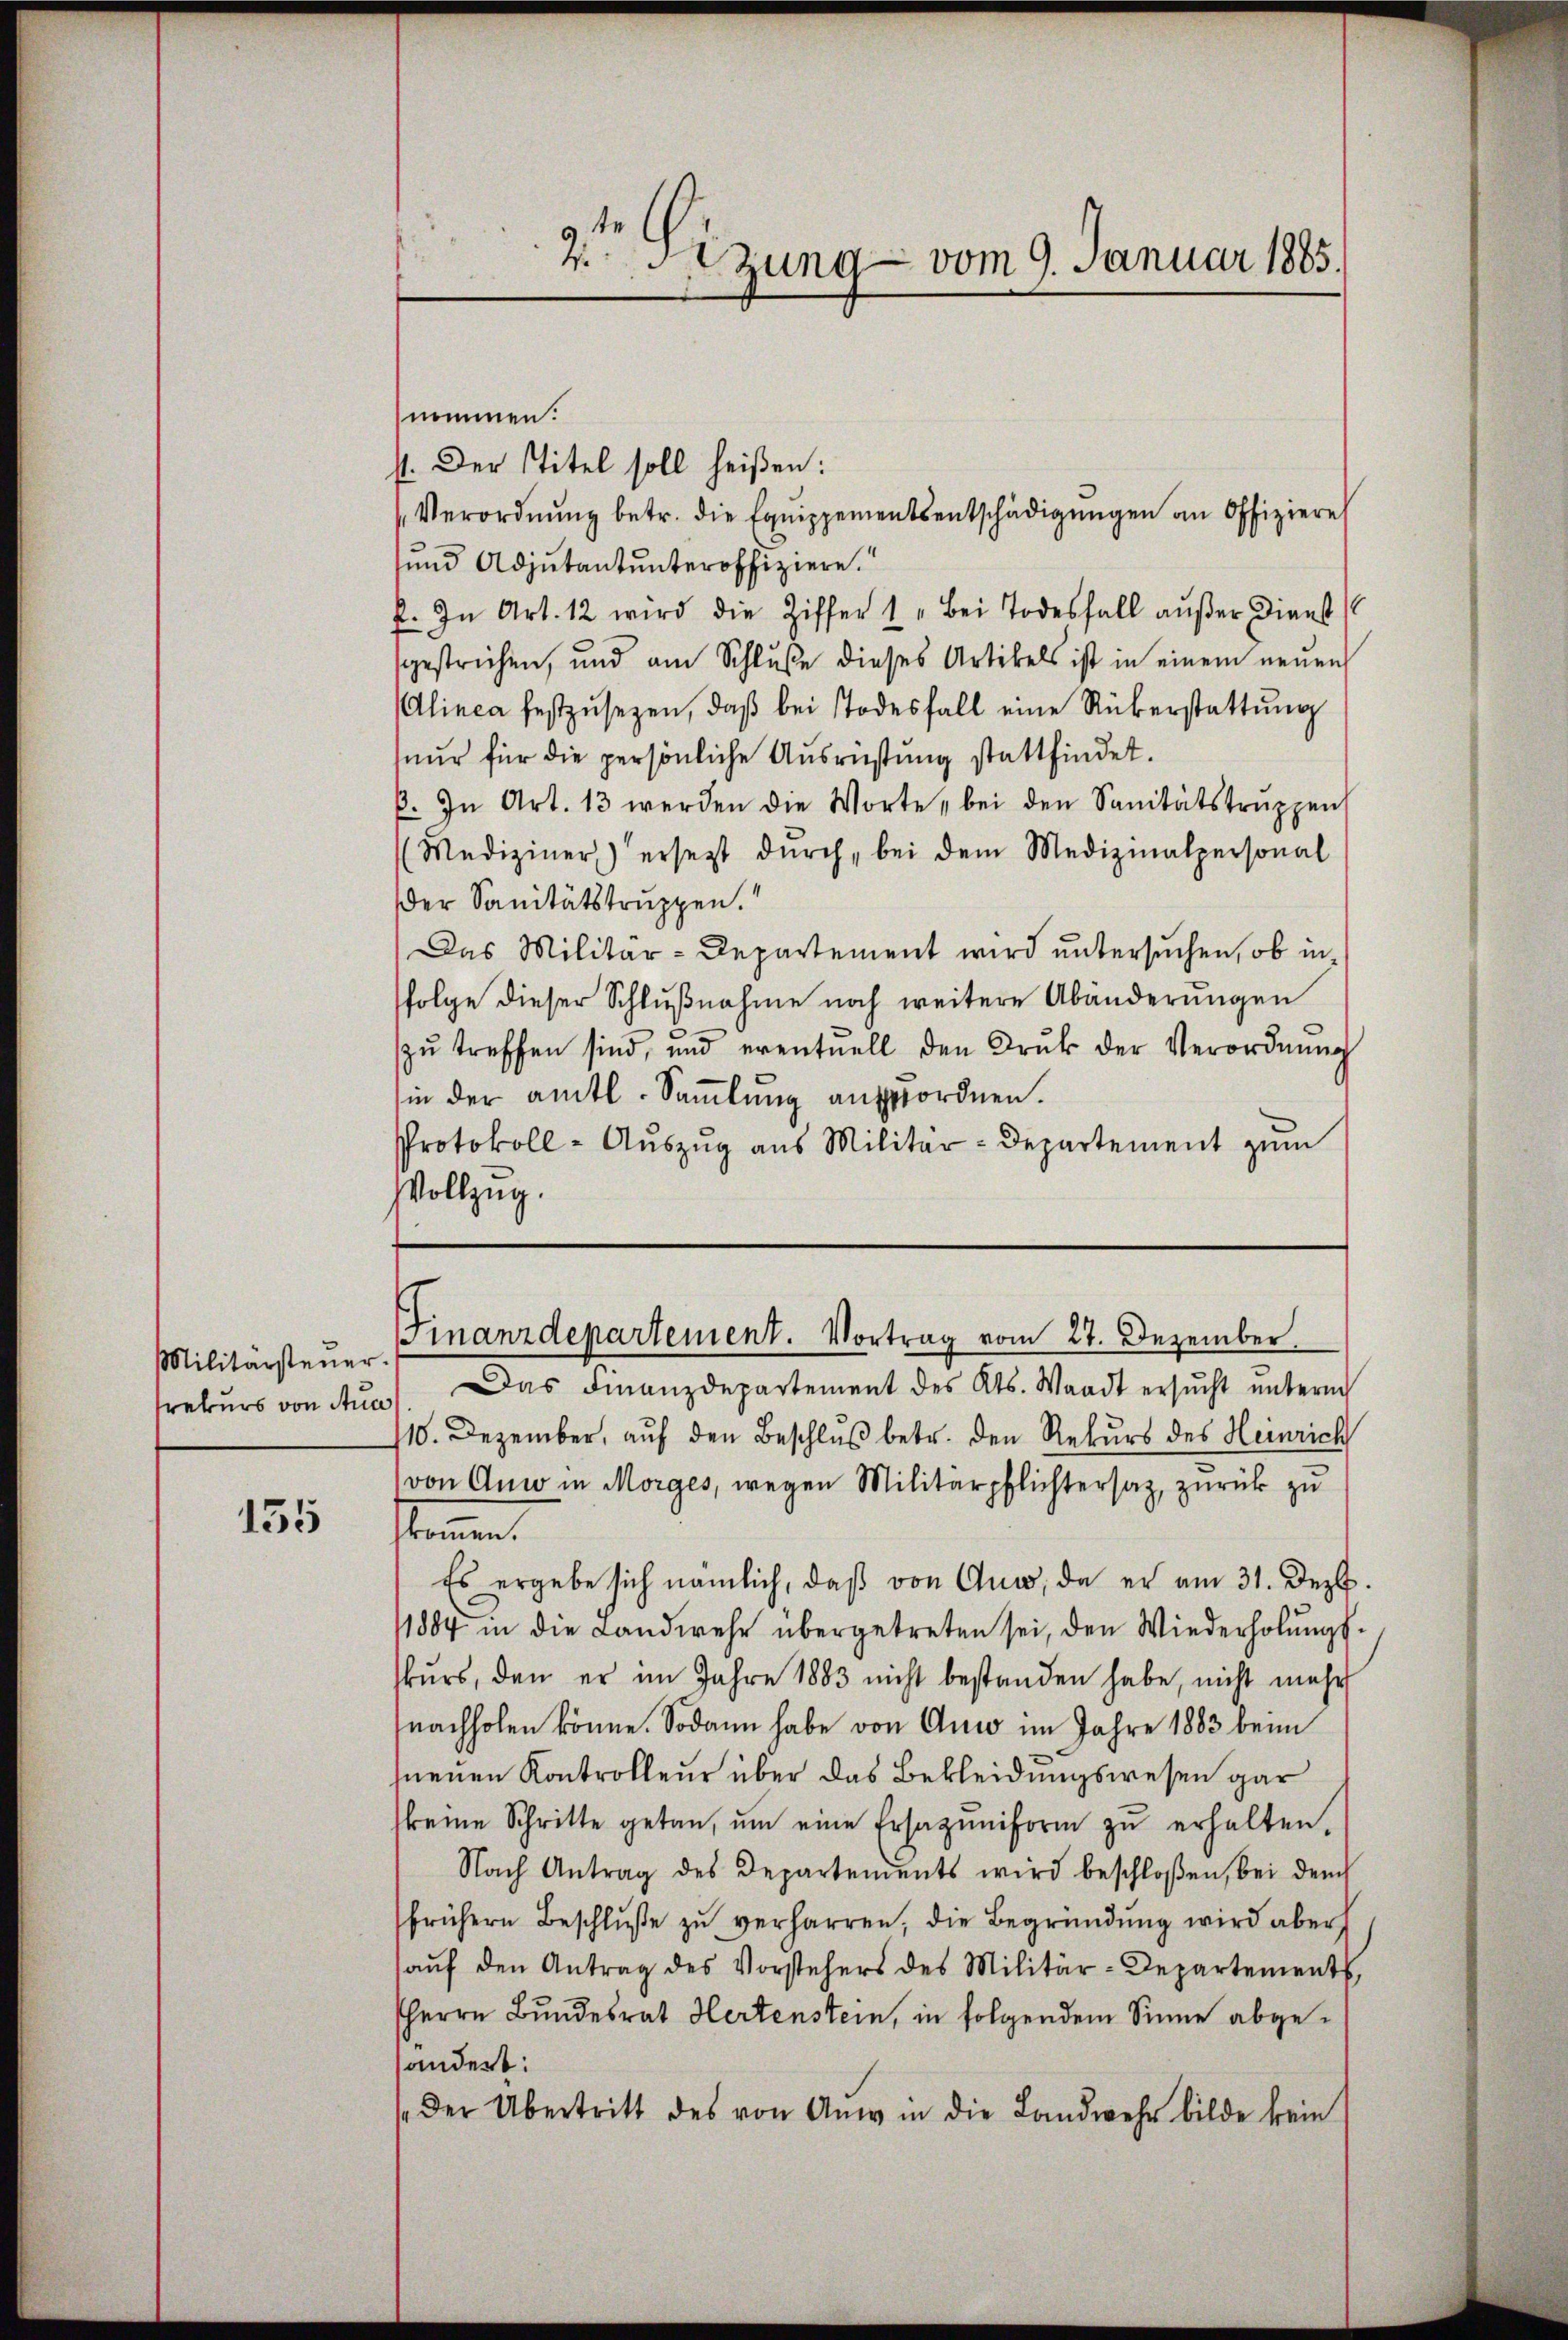
Militärsteuer
rekurs von Stun

135

nommen.
st. Der Titel soll heißen:
Verordnŭng betr. die Equippementsentschädigŭngen an Offiziere
sund Adjutantunteroffiziere.
f. In Art. 12 wird die Ziffer 1 „Bei Todesfall außer Dienst
gestrichen, und am Schluße dieses Artikels ist in einem neuen
Alinea festzŭsezen, daβ bei Todesfall eine Rükerstattŭng
nur für die persönliche Ausrüstung stattfindet.
B. In Art. 13 werden die Worte „bei den Sanitätstruppen
(Mediziner) ersetzt durch bei dem Medizinalpersonal
Der Sanitätstruppen.
Das Militär-Departement wird untersuchen, ob in
folge dieser Schlußnahme noch weitere Abänderungen
zŭ treffen sind, und eventuell den Druk der Verordnŭng
sin der amtl. Saṁlŭng anzuordnen.
Protokoll- Aŭszŭg aŭs Militär-Departement zum
Vollzug.

Das Finanzdepartement des Kts. Waadt ersucht unterm
110. Dezember, auf den Beschluß betr. den Rekurs des Heinrich
von Auw in Morges, wegen Militärpflichtersaz, zurück zu
kommen.
Es ergebe sich nämlich, daß von Auw, da er am 31. Dezb.
1884 in die Landwehr übergetreten sei, den Wiederholŭngs
kurs, den er im Jahre 1883 nicht bestanden habe, nicht mehr
nachholen könne. Sodann habe von Auw im Jahre 1883 beim
neuen Kontrolleur über das Bekleidungswesen gar
keine Schritte getan, ŭm eine Ersazuniform zŭ erhalten.
Nach Antrag des Departements wird beschloßen, bei dem
frühern Beschlŭβe zŭ verharren, die Begründŭng wird aber
aŭf den Antrag des Vorstehers des Militär-Departements,
HHerrn Bundesrat Hertenstein, in folgendem Sinne abgeändert:
der Übertritt des von Anw in die Landwehr bilde kein

2 Sizung vom 9. Januar 1885.

Finanzdepartement. Vortrag vom 27. Dezember.